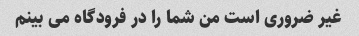
غیر ضروری است من شما را در فرودگاه می بینم